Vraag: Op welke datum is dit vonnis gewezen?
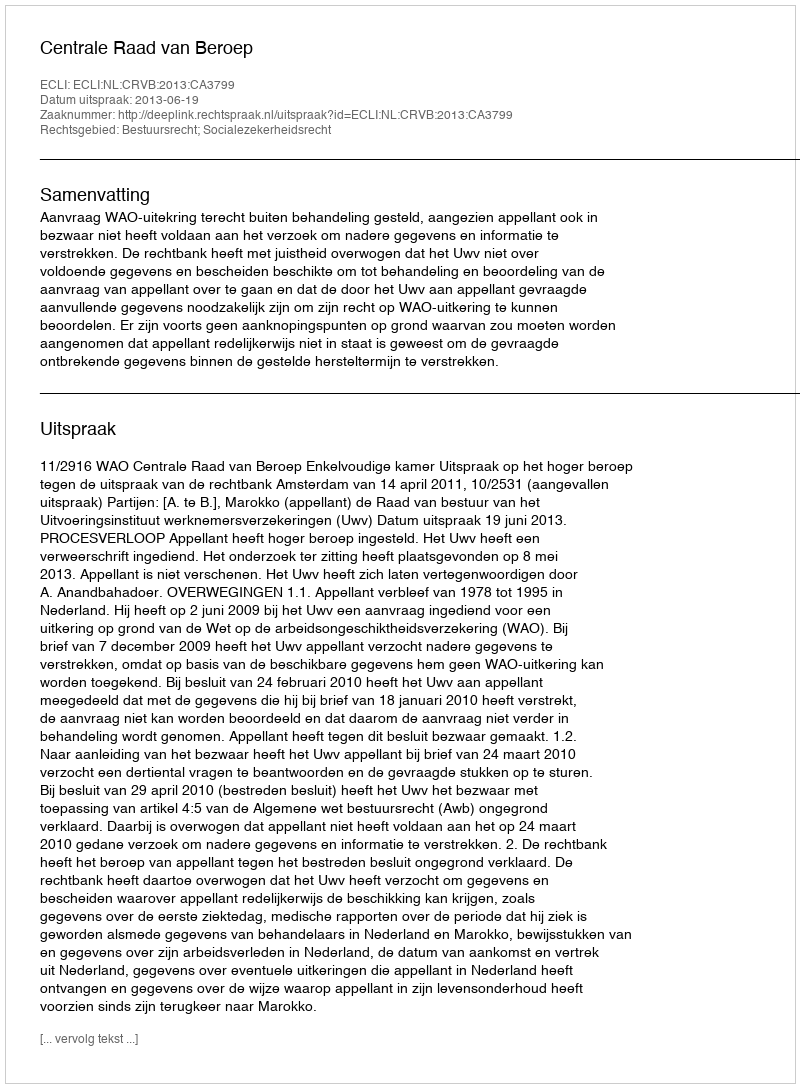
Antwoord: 2013-06-19